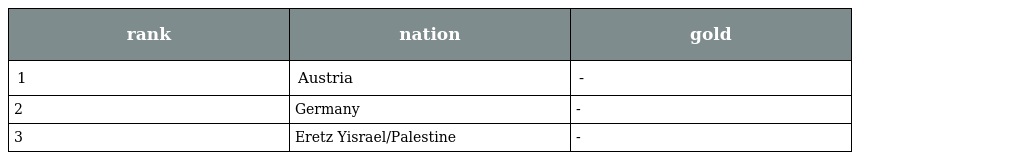
| rank | nation | gold |
 | --- | --- | --- |
 | 1 | Austria | - |
 | 2 | Germany | - |
 | 3 | Eretz Yisrael/Palestine | - |